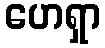
ဟေရှာ